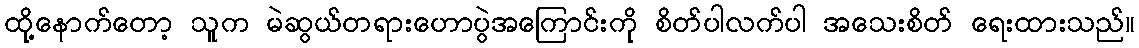
ထို့နောက်တော့ သူက မဲဆွယ်တရားဟောပွဲအကြောင်းကို စိတ်ပါလက်ပါ အသေးစိတ် ရေးထားသည်။